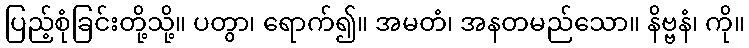
ပြည့်စုံခြင်းတို့သို့။ ပတွာ၊ ရောက်၍။ အမတံ၊ အနတမည်သော။ နိဗ္ဗနံ၊ ကို။